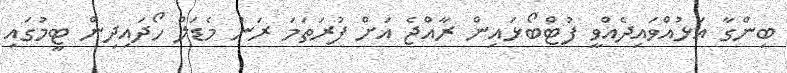
ބިންގާ އަޅުއްވައިދެއްވީ ފުޓްބޯޅައިން ރާއްޖެ އަށް ފުރަތަމަ ރަން މެޑަލް ހޯދައިދިން ޓީމުގައި